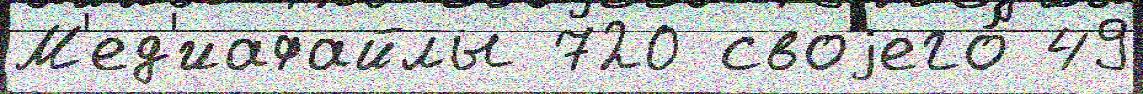
М'ед'иафайлы 720 своjего́ 49